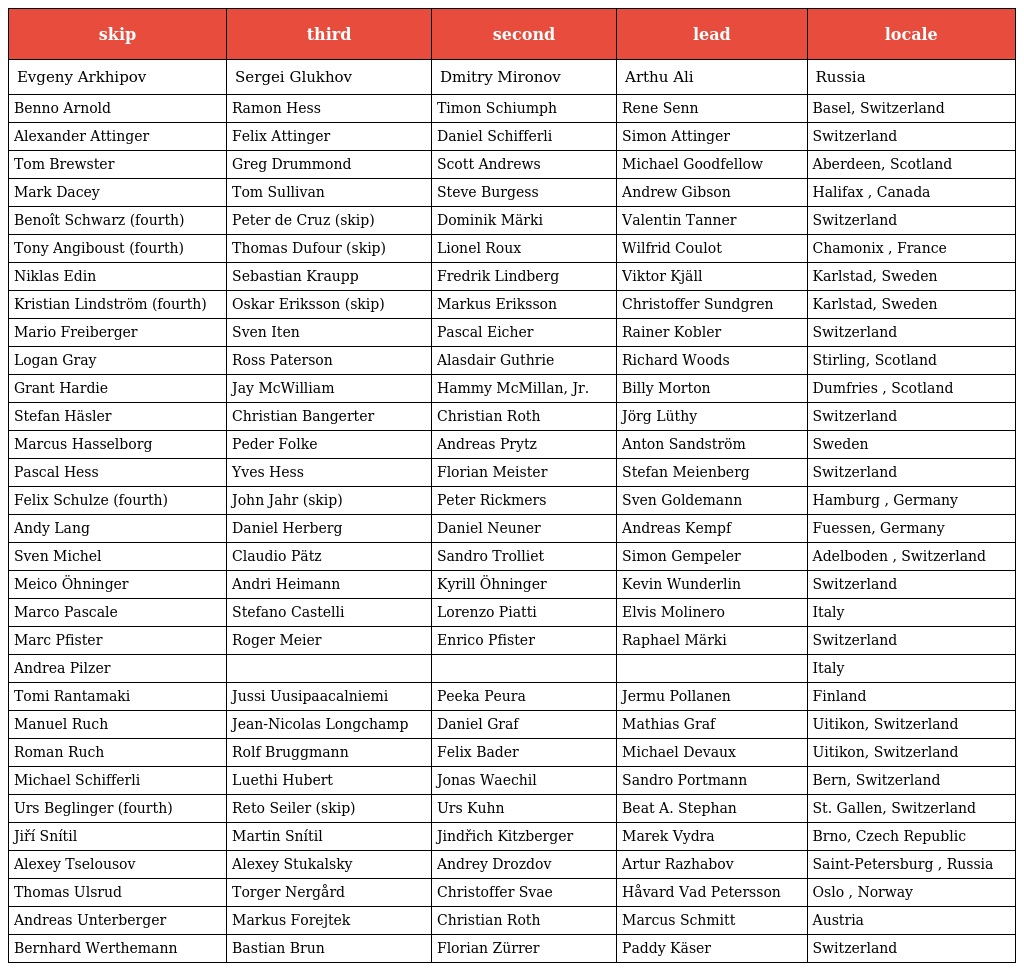
| skip | third | second | lead | locale |
 | --- | --- | --- | --- | --- |
 | Evgeny Arkhipov | Sergei Glukhov | Dmitry Mironov | Arthu Ali | Russia |
 | Benno Arnold | Ramon Hess | Timon Schiumph | Rene Senn | Basel, Switzerland |
 | Alexander Attinger | Felix Attinger | Daniel Schifferli | Simon Attinger | Switzerland |
 | Tom Brewster | Greg Drummond | Scott Andrews | Michael Goodfellow | Aberdeen, Scotland |
 | Mark Dacey | Tom Sullivan | Steve Burgess | Andrew Gibson | Halifax , Canada |
 | Benoît Schwarz (fourth) | Peter de Cruz (skip) | Dominik Märki | Valentin Tanner | Switzerland |
 | Tony Angiboust (fourth) | Thomas Dufour (skip) | Lionel Roux | Wilfrid Coulot | Chamonix , France |
 | Niklas Edin | Sebastian Kraupp | Fredrik Lindberg | Viktor Kjäll | Karlstad, Sweden |
 | Kristian Lindström (fourth) | Oskar Eriksson (skip) | Markus Eriksson | Christoffer Sundgren | Karlstad, Sweden |
 | Mario Freiberger | Sven Iten | Pascal Eicher | Rainer Kobler | Switzerland |
 | Logan Gray | Ross Paterson | Alasdair Guthrie | Richard Woods | Stirling, Scotland |
 | Grant Hardie | Jay McWilliam | Hammy McMillan, Jr. | Billy Morton | Dumfries , Scotland |
 | Stefan Häsler | Christian Bangerter | Christian Roth | Jörg Lüthy | Switzerland |
 | Marcus Hasselborg | Peder Folke | Andreas Prytz | Anton Sandström | Sweden |
 | Pascal Hess | Yves Hess | Florian Meister | Stefan Meienberg | Switzerland |
 | Felix Schulze (fourth) | John Jahr (skip) | Peter Rickmers | Sven Goldemann | Hamburg , Germany |
 | Andy Lang | Daniel Herberg | Daniel Neuner | Andreas Kempf | Fuessen, Germany |
 | Sven Michel | Claudio Pätz | Sandro Trolliet | Simon Gempeler | Adelboden , Switzerland |
 | Meico Öhninger | Andri Heimann | Kyrill Öhninger | Kevin Wunderlin | Switzerland |
 | Marco Pascale | Stefano Castelli | Lorenzo Piatti | Elvis Molinero | Italy |
 | Marc Pfister | Roger Meier | Enrico Pfister | Raphael Märki | Switzerland |
 | Andrea Pilzer |  |  |  | Italy |
 | Tomi Rantamaki | Jussi Uusipaacalniemi | Peeka Peura | Jermu Pollanen | Finland |
 | Manuel Ruch | Jean-Nicolas Longchamp | Daniel Graf | Mathias Graf | Uitikon, Switzerland |
 | Roman Ruch | Rolf Bruggmann | Felix Bader | Michael Devaux | Uitikon, Switzerland |
 | Michael Schifferli | Luethi Hubert | Jonas Waechil | Sandro Portmann | Bern, Switzerland |
 | Urs Beglinger (fourth) | Reto Seiler (skip) | Urs Kuhn | Beat A. Stephan | St. Gallen, Switzerland |
 | Jiří Snítil | Martin Snítil | Jindřich Kitzberger | Marek Vydra | Brno, Czech Republic |
 | Alexey Tselousov | Alexey Stukalsky | Andrey Drozdov | Artur Razhabov | Saint-Petersburg , Russia |
 | Thomas Ulsrud | Torger Nergård | Christoffer Svae | Håvard Vad Petersson | Oslo , Norway |
 | Andreas Unterberger | Markus Forejtek | Christian Roth | Marcus Schmitt | Austria |
 | Bernhard Werthemann | Bastian Brun | Florian Zürrer | Paddy Käser | Switzerland |